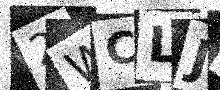
Text: 2WCLJ7